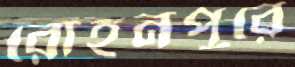
রোহনপুরে